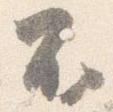
不